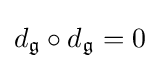
d_{\mathfrak {g}}\circ d_{\mathfrak {g}}=0